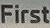
First